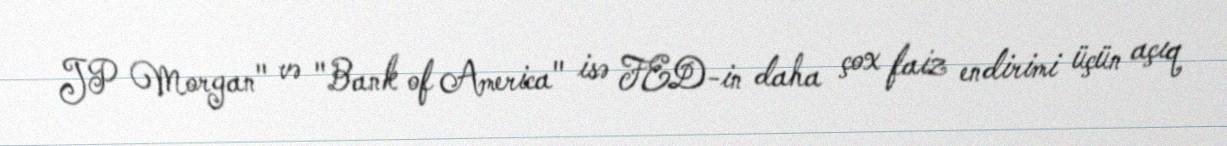
JP Morgan" və "Bank of America" isə FED-in daha çox faiz endirimi üçün açıq